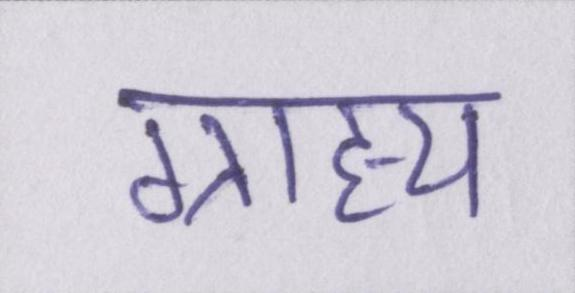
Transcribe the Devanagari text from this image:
ग्राह्य